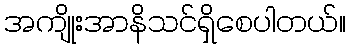
အကျိုးအာနိသင်ရှိစေပါတယ်။